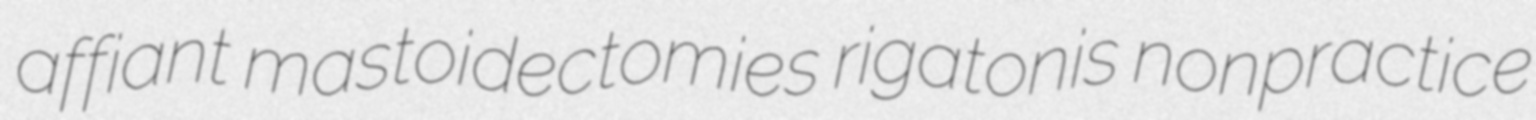
affiant mastoidectomies rigatonis nonpractice